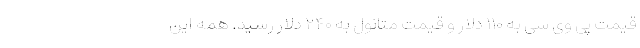
قیمت پی وی سی به ۱۱۰ دلار و قیمت متانول به ۲۴۰ دلار رسید. همه این